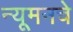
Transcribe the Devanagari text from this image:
न्यूमनचे